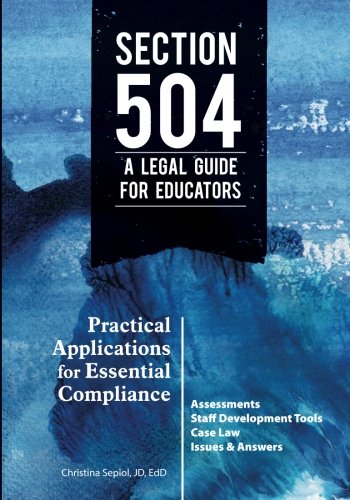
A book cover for Section 504 A Legal Guide for Educators: Practical Applications for Essential Compliance; Christina Sepiol; Law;